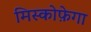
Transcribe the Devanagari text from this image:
मिस्कोफ़ेगा